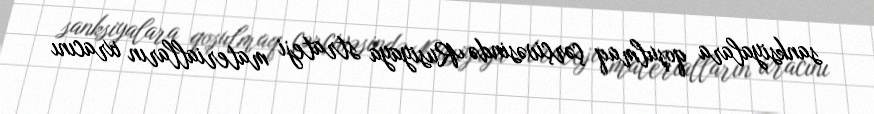
sanksiyalara qoşulmaq çərçivəsində Rusiyaya strateji materialların ixracını